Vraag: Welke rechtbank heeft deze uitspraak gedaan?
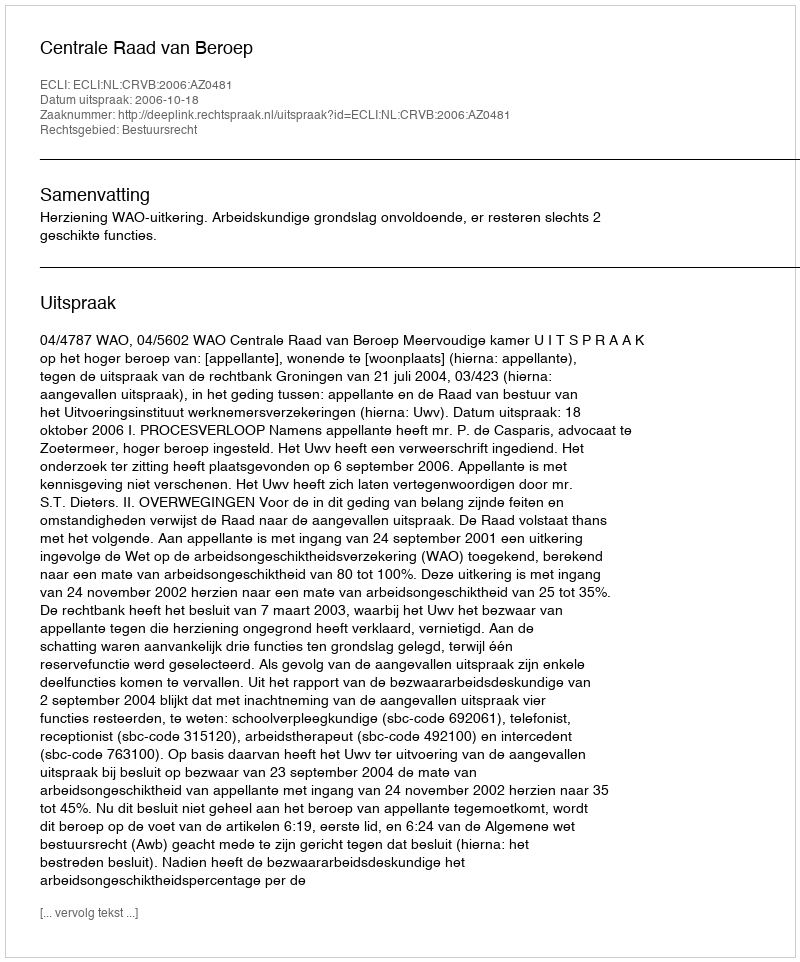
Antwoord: Centrale Raad van Beroep